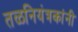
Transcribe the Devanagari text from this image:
तळनियंत्रकांनी